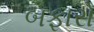
બફારો